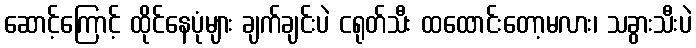
ဆောင့်ကြောင့် ထိုင်နေပုံများ ချက်ချင်းပဲ ငရုတ်သီး ထထောင်းတော့မလား၊ သခွားသီးပဲ